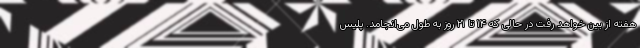
هفته از بین خواهد رفت در حالی که ۱۴ تا ۲۱ روز به طول می‌انجامد. پلیس